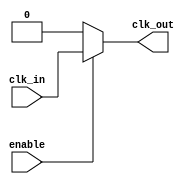
module low_power_clock_buffer (
    input wire clk_in,          // Input clock signal
    input wire enable,          // Enable signal for the buffer
    output wire clk_out         // Output clock signal
);

    // Internal signals
    wire clk_clean;             // Cleaned clock signal after input stage

    // Input Stage: Simple inverter for clock signal conditioning
    // Adding hysteresis can be done using a Schmitt trigger, but here we use a simple inverter
    wire clk_inv;
    assign clk_inv = ~clk_in;   // Invert the clock signal

    // Buffering Stage: Multiple inverters to buffer the clock signal
    // You can adjust the number of stages for desired drive strength
    wire clk_buffered1, clk_buffered2;
    assign clk_buffered1 = clk_inv;           // First stage
    assign clk_buffered2 = ~clk_buffered1;    // Second stage

    // Output Stage: Final output stage with enable logic
    // If not enabled, output is held low to save power
    assign clk_out = enable ? clk_buffered2 : 1'b0; // Output clock signal when enabled

endmodule